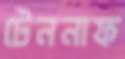
টেননাফ